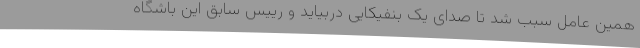
همین عامل سبب شد تا صدای یک بنفیکایی دربیاید و رییس سابق این باشگاه